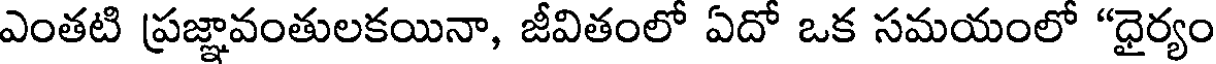
ఎంతటి ప్రజ్ఞావంతులకయినా, జీవితంలో ఏదో ఒక సమయంలో "ధైర్యం